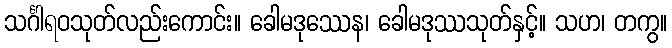
သင်္ဂါရဝသုတ်လည်းကောင်း။ ခေါမဒုဿေန၊ ခေါမဒုဿသုတ်နှင့်။ သဟ၊ တကွ။